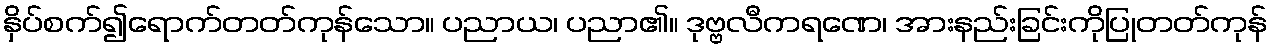
နှိပ်စက်၍ရောက်တတ်ကုန်သော။ ပညာယ၊ ပညာ၏။ ဒုဗ္ဗလီကရဏေ၊ အားနည်းခြင်းကိုပြုတတ်ကုန်